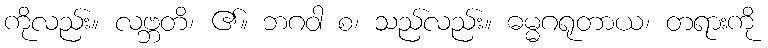
ကိုလည်း။ လဗ္ဘတိ၊ ၏။ ဘဂဝါ စ၊ သည်လည်း။ ဓမ္မဂရုတာယ၊ တရားကို